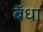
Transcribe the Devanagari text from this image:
बॅधा